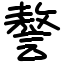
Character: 謷